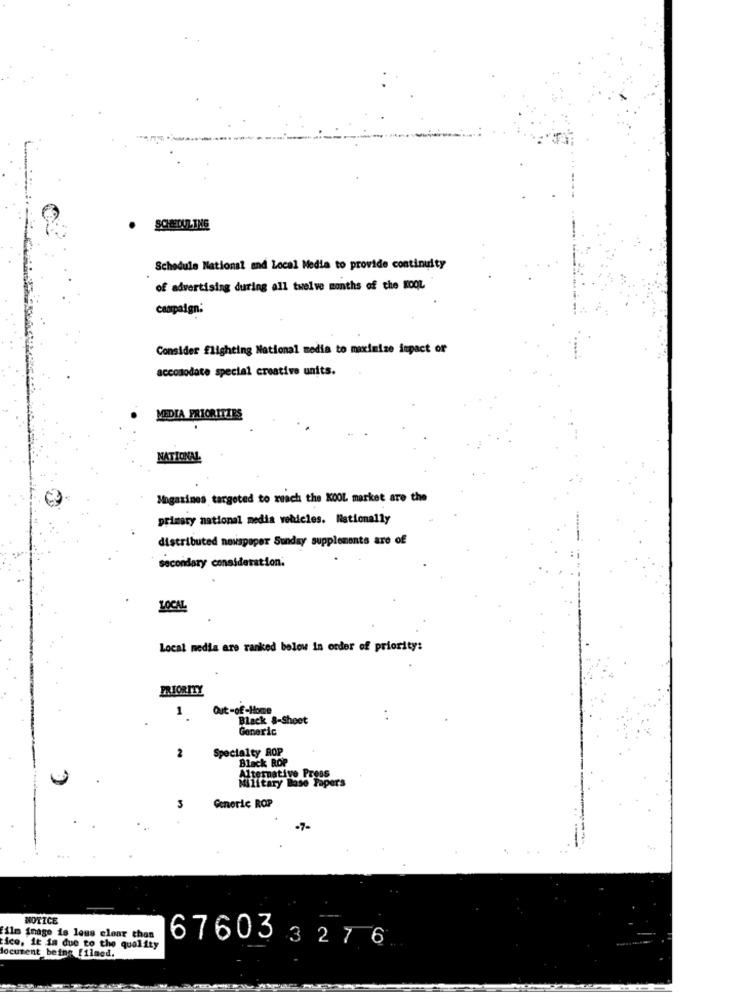
. SCHEDUL THE
Schedule National and Local Media to provide continuity
of advertising during all twelve months of the KOOL
campaign:
Consider Elighting National media to maximize impact of
accododate special creative units.
MEDIA PRIORITIES
NATIONAL
Magazines targeted to mach the KOOL market are the
primary national media vehicles. Rationally
distributed newspaper Sunday supplements are of
secondary consideration.
LOCAL
Local media are ranked below in order of priority:
PRIORITY
Out -of-Home
1
Black &-Sheet
Generic
Specialty ROP
2
Black ROP
Military Base Papers
Alternative Press
3
Generic ROP
NOTICE
ilm image is less clear than
ice, it in due to the quality
document being filmed.
67603327 6